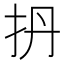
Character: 𫼘